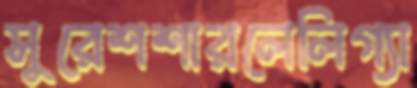
সুরেশশারলেলিগ্যা